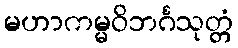
မဟာကမ္မဝိဘင်္ဂသုတ္တံ